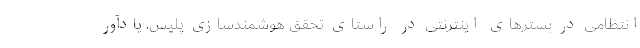
انتظامی در بسترهای اینترنتی در راستای تحقق هوشمندسازی پلیس، یادآور